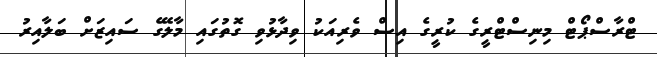
ޓްރާސްޕޯޓް މިނިސްޓްރީގެ ކުރީގެ އިސް ވެރިއަކު ވިދާޅުވި ގޮތުގައި މާލޭގެ ސައިޒަށް ބަލާއިރު